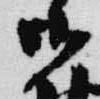
御